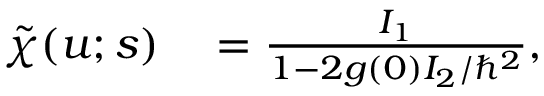
\begin{array} { r l } { \tilde { \chi } ( u ; s ) } & { { } = \frac { I _ { 1 } } { 1 - 2 g ( 0 ) I _ { 2 } / \hbar ^ { 2 } } , } \end{array}